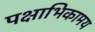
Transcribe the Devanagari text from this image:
पक्षाभिकामय